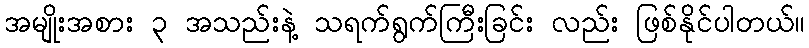
အမျိုးအစား ၃ အသည်းနဲ့ သရက်ရွက်ကြီးခြင်း လည်း ဖြစ်နိုင်ပါတယ်။